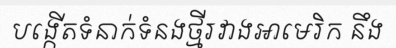
បង្កើតទំនាក់ទំនងថ្មីរវាងអាមេរិក នឹង